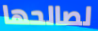
لصالحها